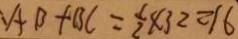
A B + B C = \frac { 1 } { 2 } \times 3 2 = 1 6